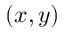
( x , y )